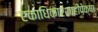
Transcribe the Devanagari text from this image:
एकाधिकारशाहीपेक्षा